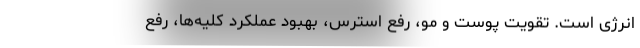
انرژی است. تقویت پوست و مو، رفع استرس، بهبود عملکرد کلیه‌ها، رفع